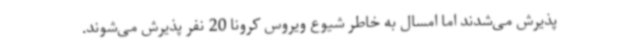
پذیرش می‌شدند اما امسال به خاطر شیوع ویروس کرونا 20 نفر پذیرش می‌شوند.